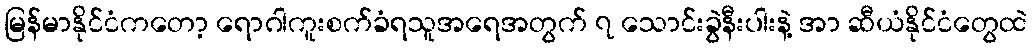
မြန်မာနိုင်ငံကတော့ ရောဂါကူးစက်ခံရသူအရေအတွက် ၇ သောင်းခွဲနီးပါးနဲ့ အာ ဆီယံနိုင်ငံတွေထဲ